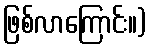
ဖြစ်လာကြောင်း။)